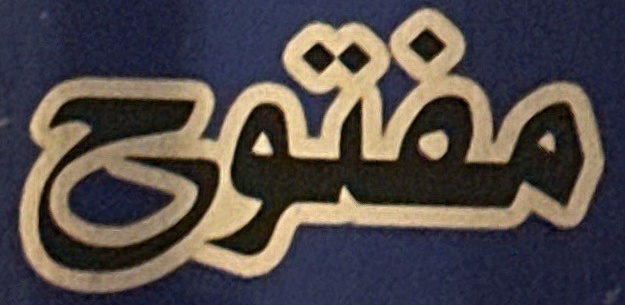
مفتوح